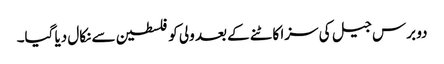
دو برس جیل کی سزا کاٹنے کے بعد ولی کو فلسطین سے نکال دیا گیا۔